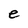
Character: e